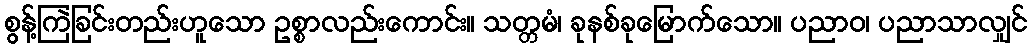
စွန့်ကြဲခြင်းတည်းဟူသော ဥစ္စာလည်းကောင်း။ သတ္တမံ၊ ခုနစ်ခုမြောက်သော။ ပညာဝ၊ ပညာသာလျှင်